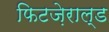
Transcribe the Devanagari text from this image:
फिटज़ेराल्ड